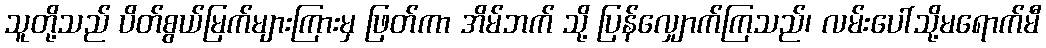
သူတို့သည် ပိတ်စွယ်မြက်များကြားမှ ဖြတ်ကာ အိမ်ဘက် သို့ ပြန်လျှောက်ကြသည်၊ လမ်းပေါ်သို့မရောက်မီ